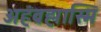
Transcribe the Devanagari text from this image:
अहंब्रह्मास्मि